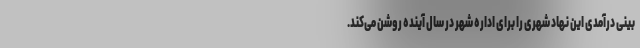
بینی درآمدی این نهاد شهری را برای اداره شهر در سال آینده روشن می‌کند.